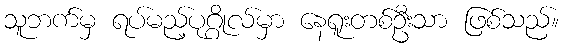
သူဘက်မှ ရပ်မည့်ပုဂ္ဂိုလ်မှာ နေရူးတစ်ဦးသာ ဖြစ်သည်။